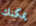
يمكنك